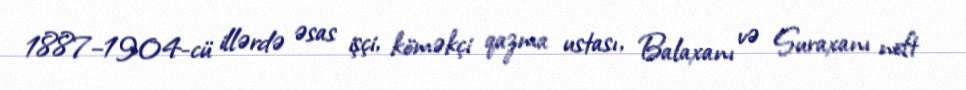
1887–1904-cü illərdə əsas işçi, köməkçi qazma ustası, Balaxanı və Suraxanı neft